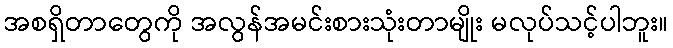
အစရှိတာတွေကို အလွန်အမင်းစားသုံးတာမျိုး မလုပ်သင့်ပါဘူး။